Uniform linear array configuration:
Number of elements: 12
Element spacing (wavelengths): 0.25
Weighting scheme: uniform
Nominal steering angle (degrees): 60
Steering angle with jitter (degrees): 59.234
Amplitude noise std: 0.05
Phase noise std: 0.05

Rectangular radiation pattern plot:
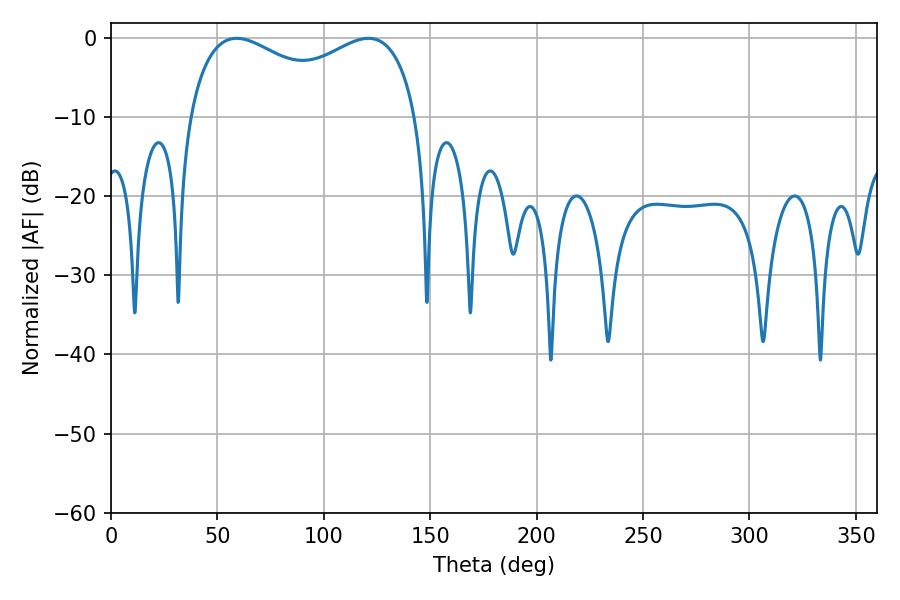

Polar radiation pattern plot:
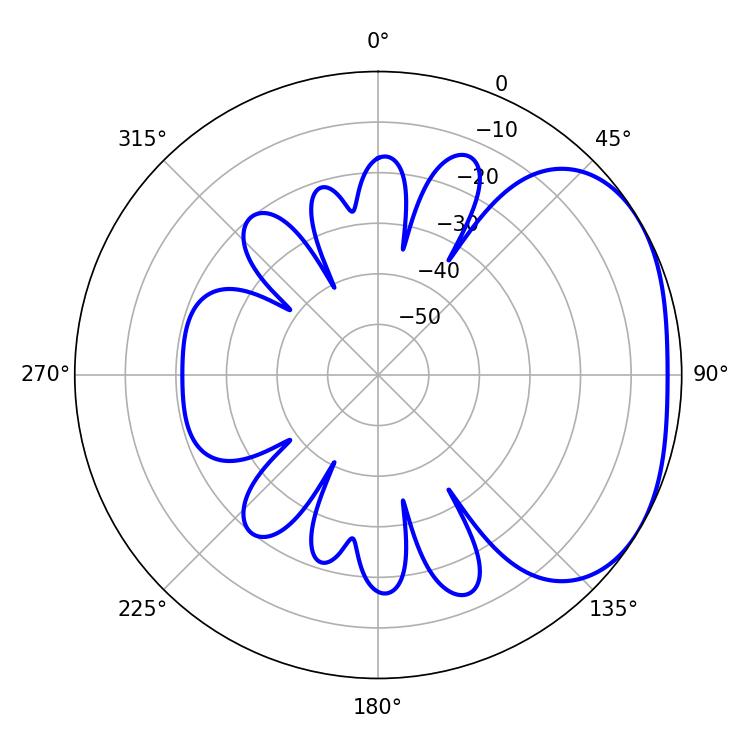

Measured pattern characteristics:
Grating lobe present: FALSE
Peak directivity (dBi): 2.535
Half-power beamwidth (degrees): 89.28
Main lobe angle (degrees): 59.04